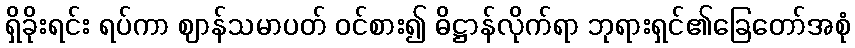
ရှိခိုးရင်း ရပ်ကာ ဈာန်သမာပတ် ဝင်စား၍ ဓိဋ္ဌာန်လိုက်ရာ ဘုရားရှင်၏ခြေတော်အစုံ